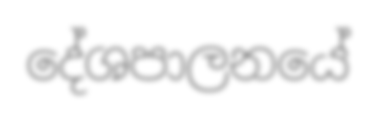
දේශපාලනයේ